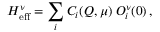
H _ { \mathrm { e f f } } ^ { \nu } = \sum _ { i } C _ { i } ( Q , \mu ) \; O _ { i } ^ { \nu } ( 0 ) \, ,